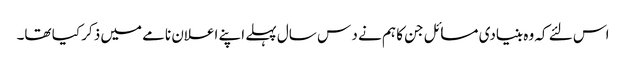
اس لئے کہ وہ بنیادی مسائل جن کا ہم نے د س سال پہلے اپنے اعلان نامے میں ذکر کیا تھا۔